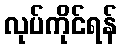
လုပ်ကိုင်ရန်